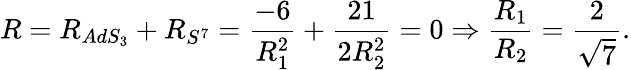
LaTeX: R=R_{AdS_{3}}+R_{S^{7}}={\frac{-6}{R_{1}^{2}}}+{\frac{21}{2R_{2}^{2}}}=0\Rightarrow{\frac{R_{1}}{R_{2}}}={\frac{2}{\sqrt{7}}}.